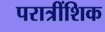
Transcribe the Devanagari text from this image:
परात्रींशिक